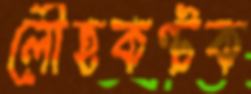
লৌহকণ্টক